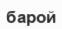
барой